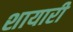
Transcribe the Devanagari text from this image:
शायारी